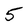
Character: 5